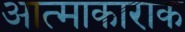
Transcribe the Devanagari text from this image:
आत्माकाराक